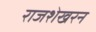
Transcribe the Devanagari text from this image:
राजशेखरन